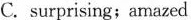
C. surprising; amazed